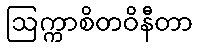
ဩက္ကာစိတဝိနီတာ